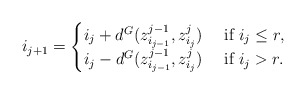
\begin{align*}i_{j+1}=\begin{cases}i_j+d^G(z^{j-1}_{i_{j-1}}, z^j_{i_j})&\textnormal{ if }i_j\leq r, \\i_j-d^G(z^{j-1}_{i_{j-1}}, z^j_{i_j})&\textnormal{ if }i_j> r.\end{cases}\end{align*}